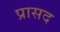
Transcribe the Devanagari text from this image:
प्रासद